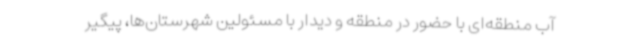
آب منطقه‌ای با حضور در منطقه و دیدار با مسئولین شهرستان‌ها، پیگیر